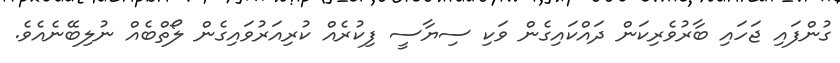
ގުންފައި ޖަހައި ބާރުވެރިކަން ދައްކައިގެން ވަކި ސިޔާސީ ފިކުރެއް ކުރިއަރުވައިގެން ލޯތްބެއް ނުލިބޭނެއެވެ.